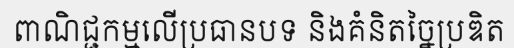
ពាណិជ្ជកម្មលើប្រធានបទ និងគំនិតច្នៃប្រឌិត